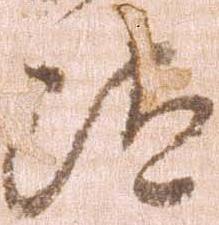
汰